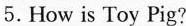
5.How is Toy Pig?